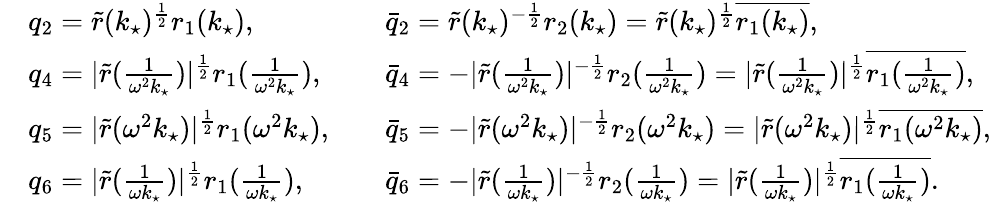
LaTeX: \begin{array}{rlrl}&{q_{2}=\tilde{r}(k_{\star})^{\frac{1}{2}}r_{1}(k_{\star}),}&&{\bar{q}_{2}=\tilde{r}(k_{\star})^{-\frac{1}{2}}r_{2}(k_{\star})=\tilde{r}(k_{\star})^{\frac{1}{2}}\overline{{r_{1}(k_{\star})}},}\\ &{q_{4}=|\tilde{r}(\frac{1}{\omega^{2}k_{\star}})|^{\frac{1}{2}}r_{1}(\frac{1}{\omega^{2}k_{\star}}),}&&{\bar{q}_{4}=-|\tilde{r}(\frac{1}{\omega^{2}k_{\star}})|^{-\frac{1}{2}}r_{2}(\frac{1}{\omega^{2}k_{\star}})=|\tilde{r}(\frac{1}{\omega^{2}k_{\star}})|^{\frac{1}{2}}\overline{{r_{1}(\frac{1}{\omega^{2}k_{\star}})}},}\\ &{q_{5}=|\tilde{r}(\omega^{2}k_{\star})|^{\frac{1}{2}}r_{1}(\omega^{2}k_{\star}),}&&{\bar{q}_{5}=-|\tilde{r}(\omega^{2}k_{\star})|^{-\frac{1}{2}}r_{2}(\omega^{2}k_{\star})=|\tilde{r}(\omega^{2}k_{\star})|^{\frac{1}{2}}\overline{{r_{1}(\omega^{2}k_{\star})}},}\\ &{q_{6}=|\tilde{r}(\frac{1}{\omega k_{\star}})|^{\frac{1}{2}}r_{1}(\frac{1}{\omega k_{\star}}),}&&{\bar{q}_{6}=-|\tilde{r}(\frac{1}{\omega k_{\star}})|^{-\frac{1}{2}}r_{2}(\frac{1}{\omega k_{\star}})=|\tilde{r}(\frac{1}{\omega k_{\star}})|^{\frac{1}{2}}\overline{{r_{1}(\frac{1}{\omega k_{\star}})}}.}\end{array}